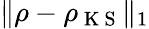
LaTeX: \| \rho-\rho_{\mathrm{~K~S~}}\| _{1}